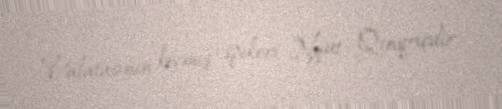
Palatasının keçmiş spikeri Nyut Qinqriçdir.